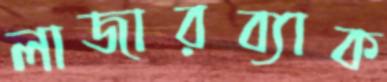
লাজারব্যাক